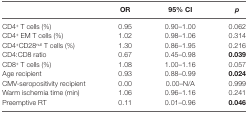
|  | OR | 95% CI | p |
 | --- | --- | --- | --- |
 | CD4+ T cells (%) | 0.95 | 0.90–1.00 | 0.062 |
 | CD4+ EM T cells (%) | 1.02 | 0.98–1.06 | 0.314 |
 | CD4+CD28null T cells (%) | 1.30 | 0.86–1.95 | 0.216 |
 | CD4:CD8 ratio | 0.67 | 0.45–0.98 | 0.039 |
 | CD8+ T cells (%) | 1.08 | 1.00–1.16 | 0.057 |
 | Age recipient | 0.93 | 0.88–0.99 | 0.024 |
 | CMV-seropositivity recipient | 0.00 | 0.00–N/A | 0.999 |
 | Warm ischemia time (min) | 1.06 | 0.96–1.16 | 0.241 |
 | Preemptive RT | 0.11 | 0.01–0.96 | 0.046 |